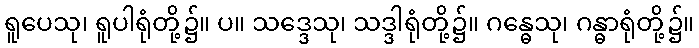
ရူပေသု၊ ရူပါရုံတို့၌။ ပ။ သဒ္ဒေသု၊ သဒ္ဒါရုံတို့၌။ ဂန္ဓေသု၊ ဂန္ဓာရုံတို့၌။